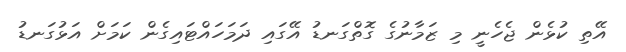
އޭތި ކުޅެން ޖެހެނީ މި ޒަމާނުގެ ގޮތްގަނޑު އޭގައި ދަމަހައްޓައިގެން ކަމަށް އަޅުގަނޑު